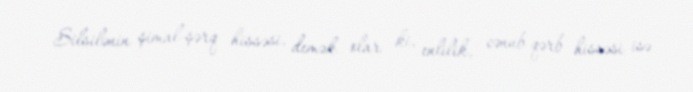
Silsilənin şimal-şərq hissəsi, demək olar ki, enlilik, cənub-qərb hissəsi isə